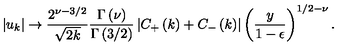
\left| u _ { k } \right| \rightarrow { \frac { 2 ^ { \nu - 3 / 2 } } { \sqrt { 2 k } } } { \frac { \Gamma \left( \nu \right) } { \Gamma \left( 3 / 2 \right) } } \left| C _ { + } \left( k \right) + C _ { - } \left( k \right) \right| \left( { \frac { y } { 1 - \epsilon } } \right) ^ { 1 / 2 - \nu } .